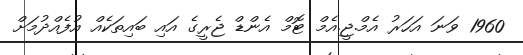
1960 ވަނަ އަހަރު އެމް.ޖީ.އެމް ޓޮމް އެންޑް ޖެރީގެ އައި ބައިތަކެއް އުފެއްދުމަށް